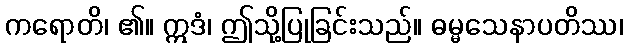
ကရောတိ၊ ၏။ ဣဒံ၊ ဤသို့ပြုခြင်းသည်။ ဓမ္မသေနာပတိဿ၊